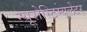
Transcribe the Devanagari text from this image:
न्यूरोस्टिम्यूलेटर